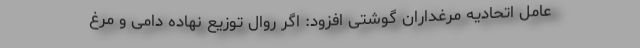
عامل اتحادیه مرغداران گوشتی افزود: اگر روال توزیع نهاده دامی و مرغ